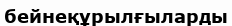
бейнеқұрылғыларды